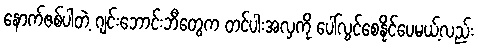
နောက်ဇစ်ပါတဲ့ ဂျင်းဘောင်းဘီတွေက တင်ပါးအလှကို ပေါ်လွင်စေနိုင်ပေမယ့်လည်း